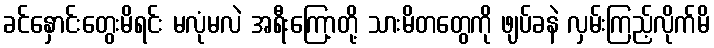
ခင်နှောင်းတွေးမိရင်း မလုံမလဲ အရီးကြော့တို့ သားမိတတွေကို ဖျပ်ခနဲ လှမ်းကြည့်လိုက်မိ